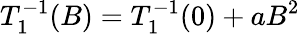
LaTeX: T_{1}^{-1}(B)=T_{1}^{-1}(0)+aB^{2}